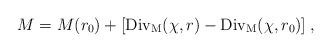
LaTeX: \begin{align*}M = M(r_0)+ [{\rm Div_M}(\chi,r)- {\rm Div_M}(\chi,r_0)] \:, \end{align*}